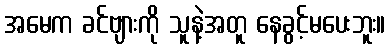
အမေက ခင်ဗျားကို သူနဲ့အတူ နေခွင့်မပေးဘူး။